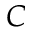
C